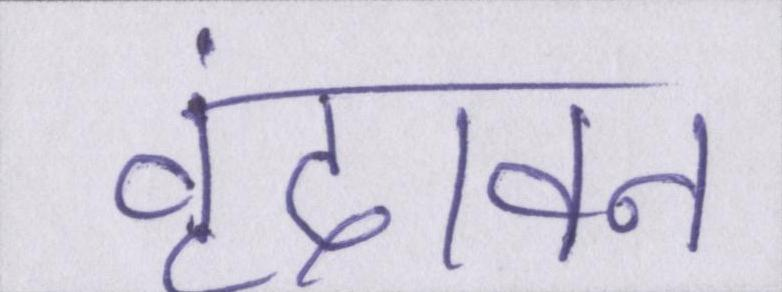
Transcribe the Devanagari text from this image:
वृंदावन